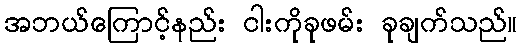
အဘယ်ကြောင့်နည်း ငါးကိုခုဖမ်း ခုချက်သည်။